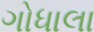
ગોધાલા